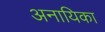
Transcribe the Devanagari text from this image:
अनायिका